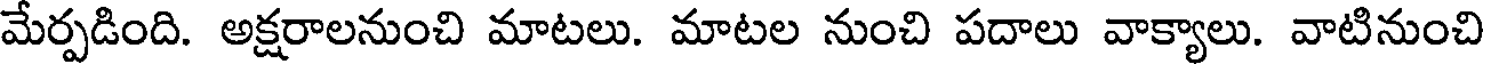
మేర్పడింది. అక్షరాలనుంచి మాటలు. మాటల నుంచి పదాలు వాక్యాలు. వాటినుంచి